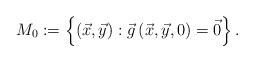
LaTeX: \begin{align*} M_0 := \left\{ {\left( {\vec {x},\vec {y}} \right):\vec{g}\left( {\vec {x},\vec {y},0} \right) = {\vec {0}}} \right\}.\end{align*}